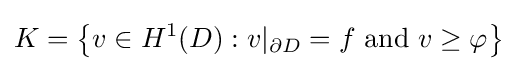
\displaystyle K=\left\{v\in H^{1}(D):v|_{\partial D}=f{\text{ and }}v\geq \varphi \right\}